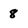
Character: 8